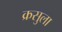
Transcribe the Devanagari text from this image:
क्रसुला